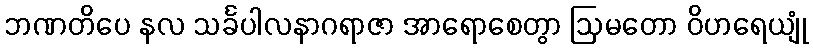
ဘဏတိပေ နလ သင်္ခပါလနာဂရာဇာ အာရောစေတွာ ဩမတော ဝိဟရေယျုံ